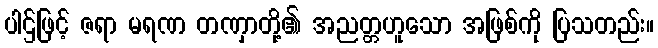
ပါဌ်ဖြင့် ဇရာ မရဏ တဏှာတို့၏ အညတ္တဟူသော အဖြစ်ကို ပြသတည်း။